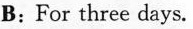
B:For three days.